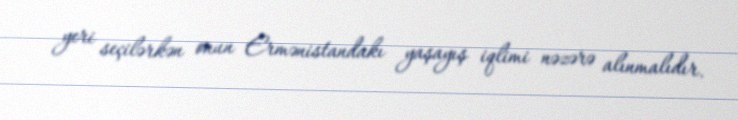
yeri seçilərkən onun Ermənistandakı yaşayış iqlimi nəzərə alınmalıdır.